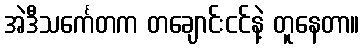
အဲဒီသင်္ကေတက တချောင်းငင်နဲ့ တူနေတာ။